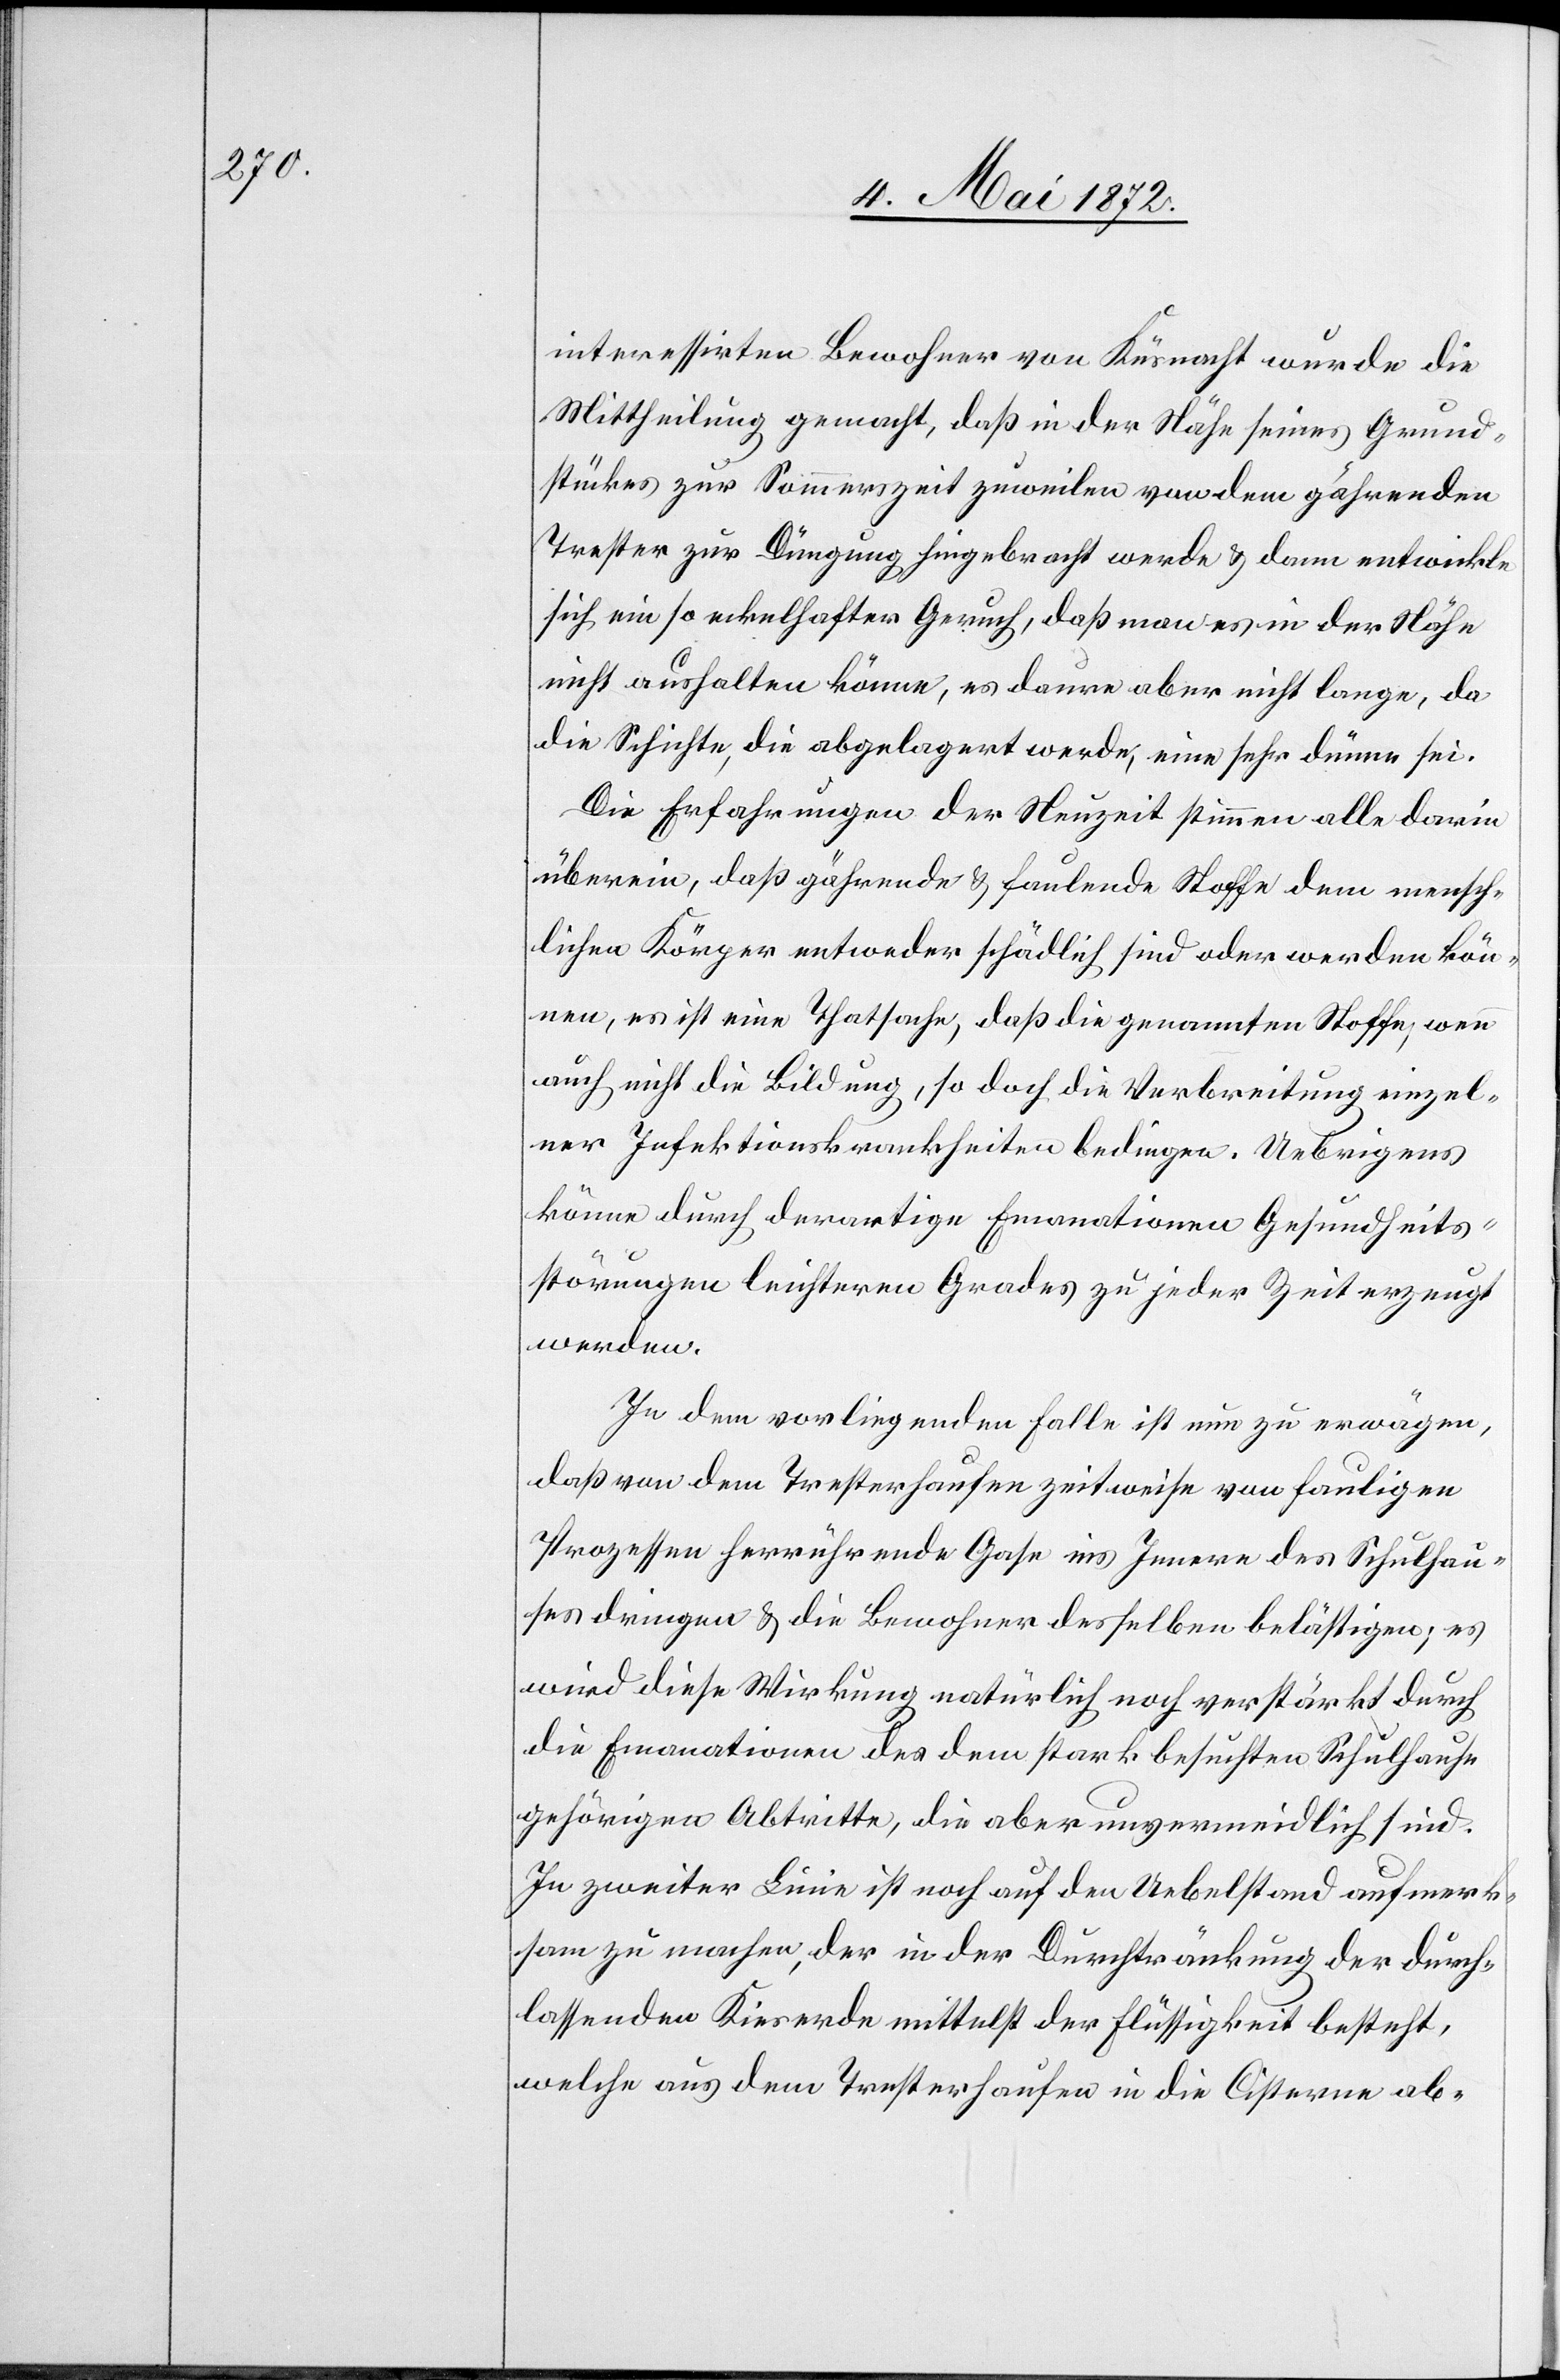
interessirten Bewohner von Küsnacht wurde die
Mittheilung gemacht, daß in der Nähe seines Grund¬
stückes zur Sommerszeit zuweilen von dem gährenden
Trester zur Düngung hingebracht werde u. dann entwickle
sich ein so eckelhafter [sic!] Geruch, daß man es in der Nähe
nicht aushalten könne, es daure aber nicht lange, da
die Schichte, die abgelagert werde, eine sehr dünne sei.
Die Erfahrungen der Neuzeit stimmen alle darin
überein, daß gährende u. faulende Stoffe dem mensch¬
lichen Körper entweder schädlich sind oder werden kön¬
nen, es ist eine Thatsache, daß die genannten Stoffe, wenn
auch nicht die Bildung, so doch die Verbreitung einzel¬
ner Infektionskrankheiten bedingen. Uebrigens
könne durch derartige Emanationen Gesundheits¬
störungen leichteren Grades zu jeder Zeit erzeugt
werden.
In dem vorliegenden Falle ist nun zu erwägen,
daß von dem Tresterhaufen zeitweise von fauligen
Prozessen herrührende Gase ins Innere des Schulhau¬
ses dringen u. die Bewohner desselben belästigen; es
wird diese Wirkung natürlich noch verstärkt durch
die Emanationen des dem stark besuchten Schulhause
gehörigen Abtritte, die aber unvermeidlich sind.
In zweiter Linie ist noch auf den Uebelstand aufmerk¬
sam zu machen, der in der Durchtränkung der durch¬
lassenden Kieserde mittelst der Flüssigkeit besteht,
welche aus dem Tresterhaufen in die Cisterne ab-